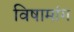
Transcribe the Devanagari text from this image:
विषामांग